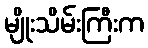
မျိုးသိမ်းကြီးက